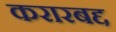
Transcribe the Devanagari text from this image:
करारबद्द